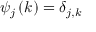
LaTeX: \psi _ { j } \left( k \right) = \delta _ { j , k }